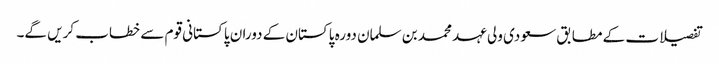
تفصیلات کے مطابق سعودی ولی عہد محمد بن سلمان دورہ پاکستان کے دوران پاکستانی قوم سے خطاب کریں گے۔